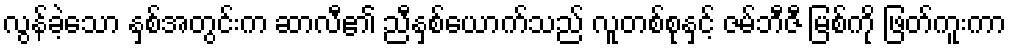
လွန်ခဲ့သော နှစ်အတွင်းက ဆာလီ၏ ညီနှစ်ယောက်သည် လူတစ်စုနှင့် ဇမ်ဘီဇီ မြစ်ကို ဖြတ်ကူးကာ